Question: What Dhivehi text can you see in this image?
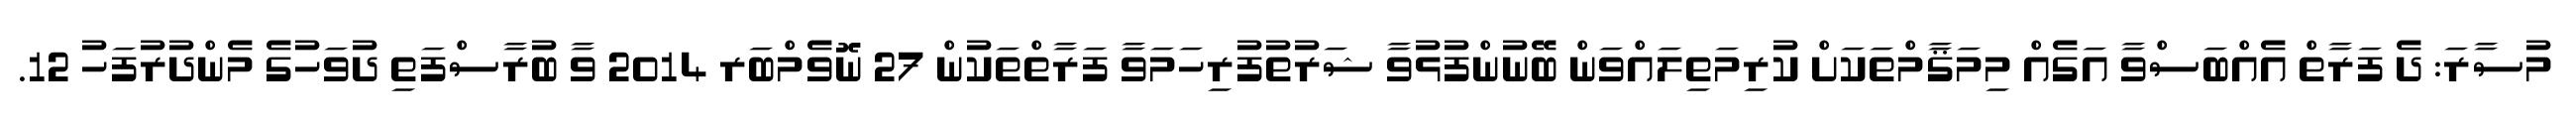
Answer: މުސާރަ: ދެ ފަރާތް އެއްބަސްވާ އަގެއް މިމަޤާމްތަކަށް ކުރިމަތިލައްވަން ބޭނުންފުޅުވާ ޝަރުތުފުރިހަމަވާ ފަރާތްތަކުން 27 ނޮވެމްބަރ 2014 ވާ ބުރާސްފަތި ދުވަހުގެ މެންދުރުފަހު 12.